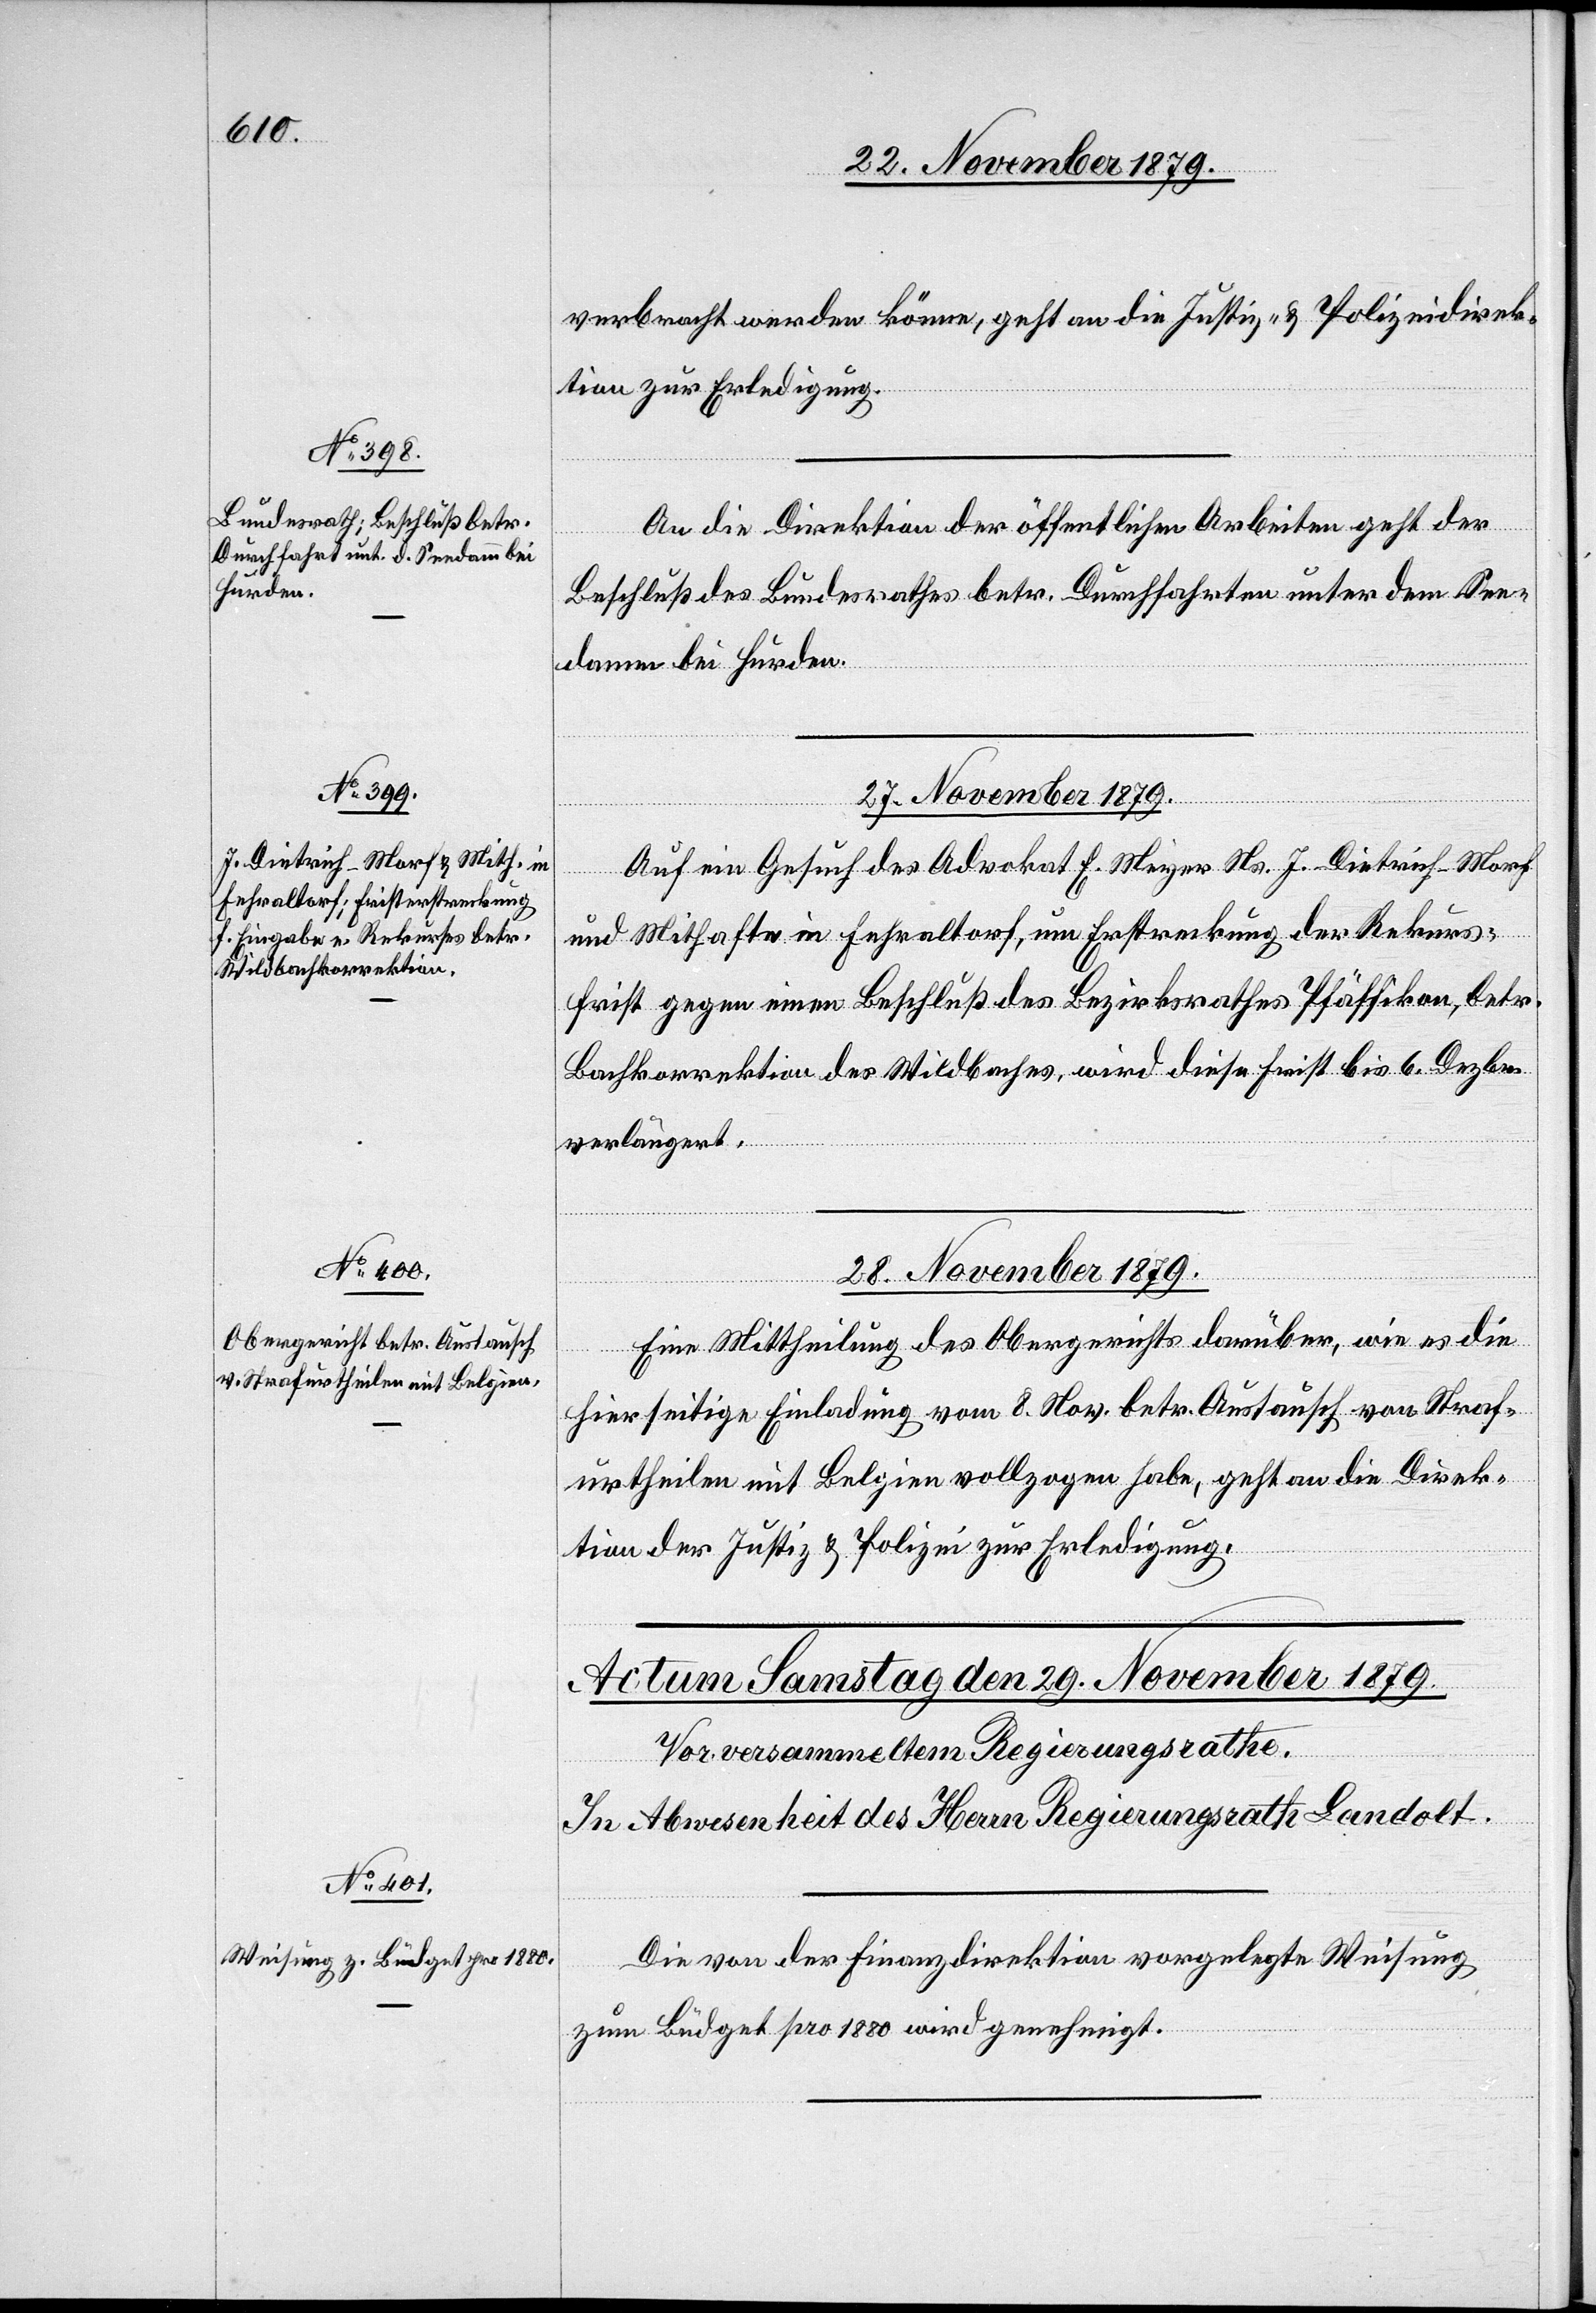
verbracht werden könne, geht an die Justiz- & Polizeidirek¬
tion zur Erledigung.
An die Direktion der öffentlichen Arbeiten geht der
Beschluß des Bundesrathes betr. Durchfahrten unter dem See¬
damm bei Hurden.
27. November 1879.
Auf ein Gesuch des Advokat E. Meyer Ns. J. Dietrich-Morf
und Mithafte in Fehraltorf, um Erstreckung der Rekurs¬
frist gegen einen Beschluß des Bezirksrathes Pfäffikon, betr.
Bachkorrektion des Wildbaches, wird diese Frist bis 6. Dezbr.
verlängert.
28. November 1879.
Eine Mittheilung des Obergerichtes darüber, wie es die
hierseitige Einladung vom 8. Nov. betr. Austausch von Straf¬
urtheilen mit Belgien vollzogen habe, geht an die Direk¬
tion der Justiz & Polizei zur Erledigung.
Die von der Finanzdirektion vorgelegte Weisung
zum Büdget pro 1880 wird genehmigt.